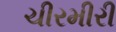
ચીરમીરી